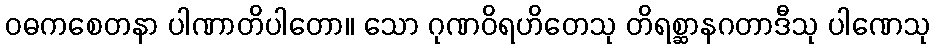
ဝဓကစေတနာ ပါဏာတိပါတော။ သော ဂုဏဝိရဟိတေသု တိရစ္ဆာနဂတာဒီသု ပါဏေသု